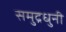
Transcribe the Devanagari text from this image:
समुद्रधुनी